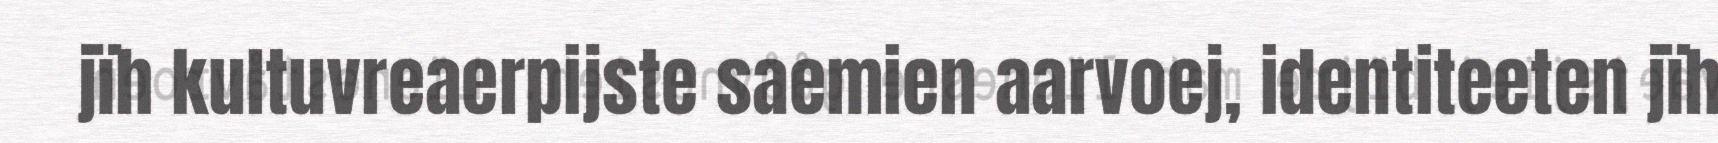
jïh kultuvreaerpijste saemien aarvoej, identiteeten jïh